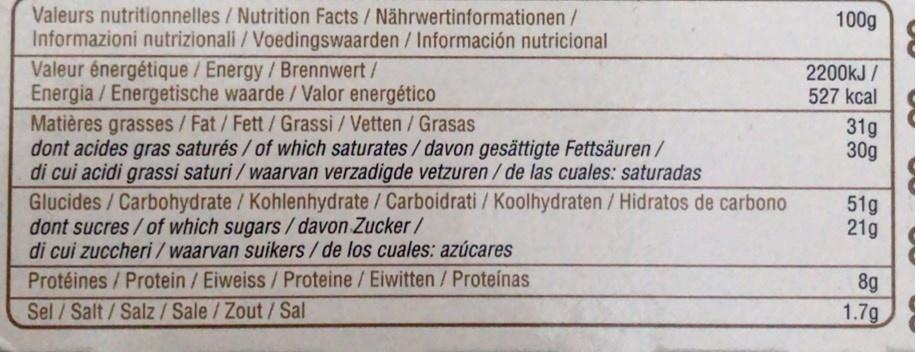
Valeurs nutritionnelles / Nutrition Facts / Nährwertinformationen/ Informazioni nutrizionali /Voedingswaarden/ Información nutricional
100g
Valeur énergétique /Energy/Brennwert/ Energia/Energetische waarde/Valor energético Matières grasses/Fat/Fett/Grassi / Vetten / Grasas dont acides gras saturés / of which saturates/davon gesättigte Fettsäuren / di cui acidi grassi saturi / waarvan verzadigde vetzuren/de las cuales: saturadas Glucides / Carbohydrate / Kohlenhydrate / Carboidrati / Koolhydraten / Hidratos de carbono dont sucres/of which sugars/ davon Zucker/ di cui zuccheri /waarvan suikers/de los cuales: azúcares
2200kJ / 527 kcal
31g 30g
51g 21g
Protéines/Protein/Eiweiss/Proteine/Eiwitten/ Proteínas Sel / Salt/Salz/Sale/Zout/Sal
8g
1.7g